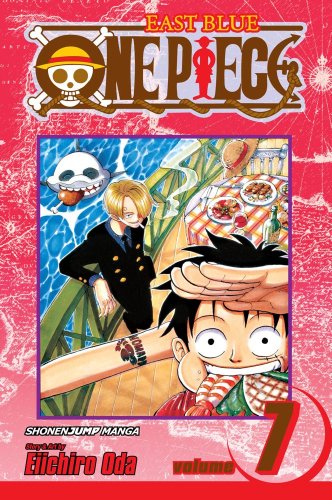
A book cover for One Piece, Vol. 7: The Crap-Geezer; Eiichiro Oda; Comics & Graphic Novels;